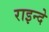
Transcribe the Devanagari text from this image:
राइन्दे